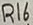
Text: R16